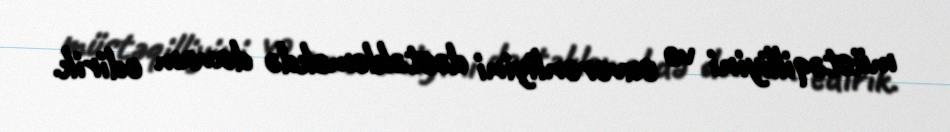
müstəqilliyini və suverenliyini dəstəkləməkdə davam edirik.